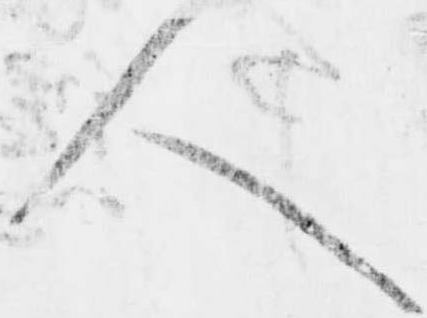
人